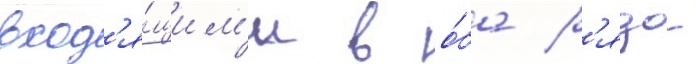
вход'я́щим'и в о́ба р'яда